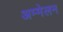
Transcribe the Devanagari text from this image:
अम्मेलन